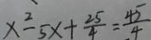
x ^ { 2 } - 5 x + \frac { 2 5 } { 4 } = \frac { 4 5 } { 4 }